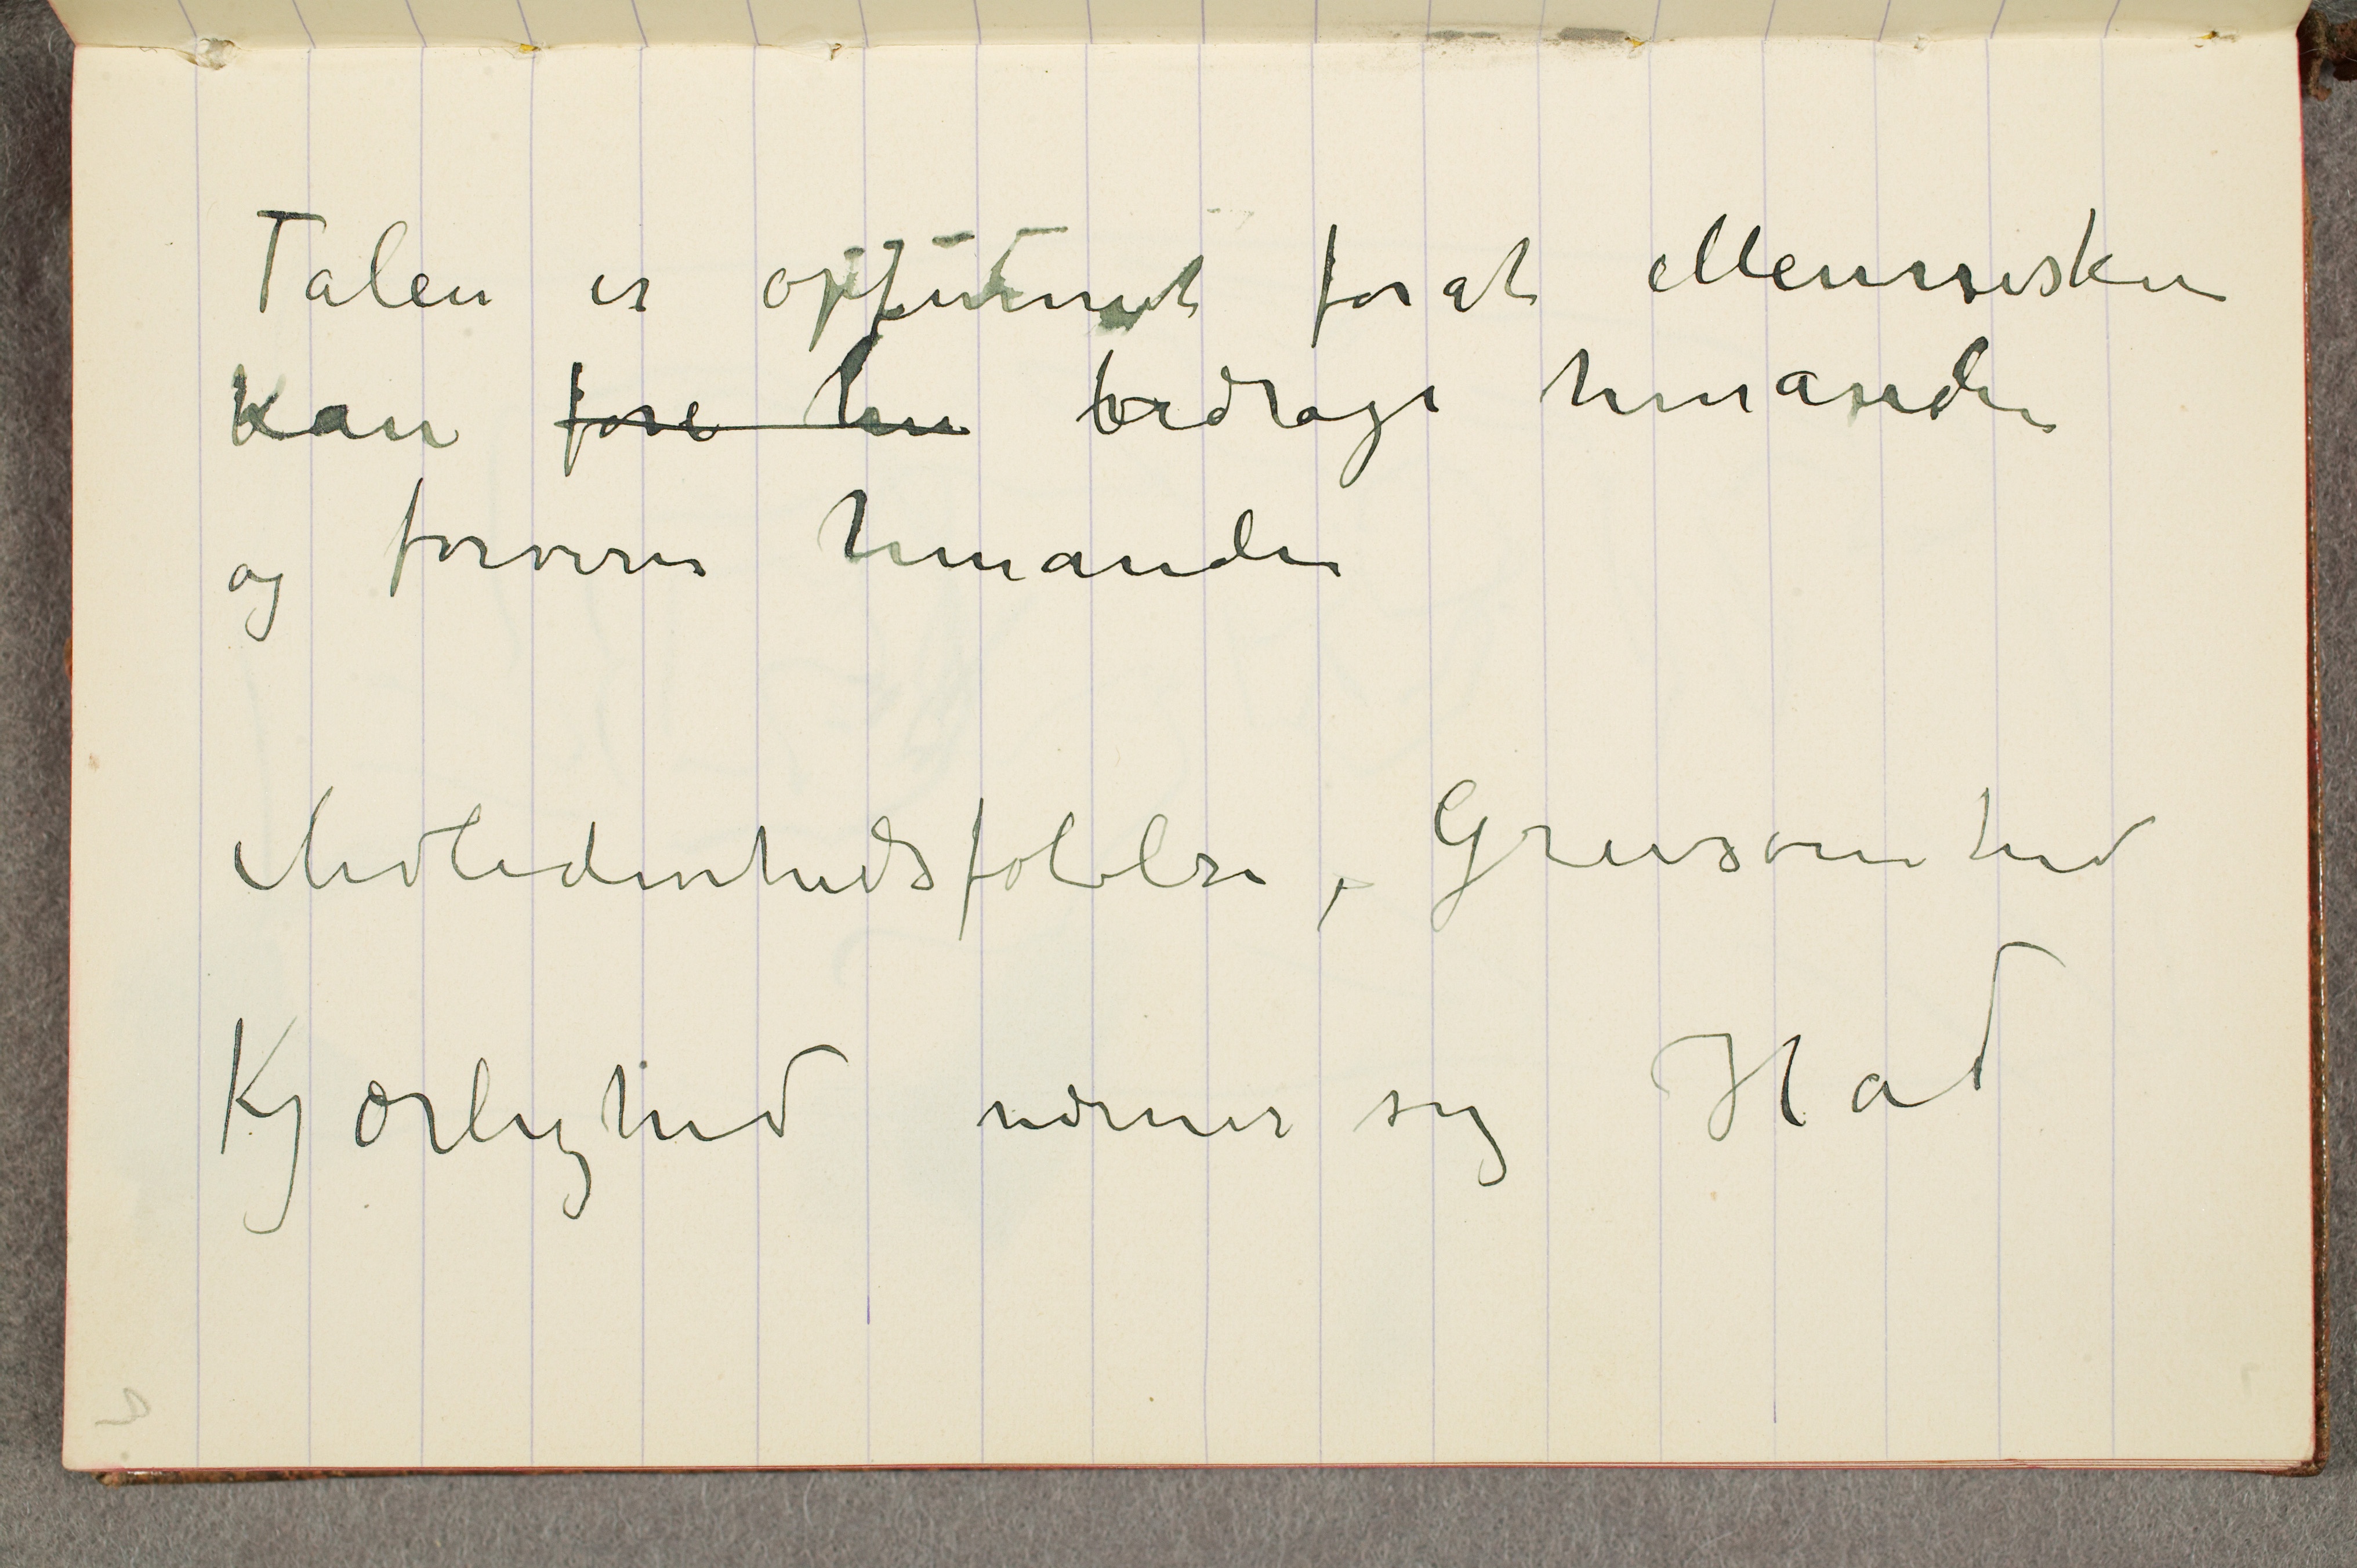
Talen er opfunnet forat Menneskene
kan føre hin bedrage hinanden
og forvirre hinanden
Medlidenhedsfølelse, Grusomhed
Kjærlighed nærmer sig Had